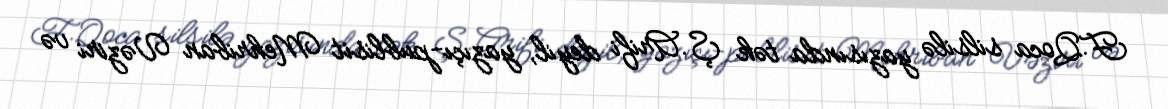
F.Qoca silsilə yazısında tək Ş.Arifi deyil, yazıçı-publisit Mehriban Vəziri və